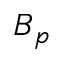
B _ { p }